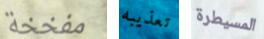
مفخخة تعذيبه المسيطرة